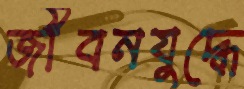
জীবনযুদ্ধে